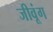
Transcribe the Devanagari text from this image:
जीवूंग